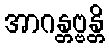
အာဂန္တဗ္ဗန္တိ